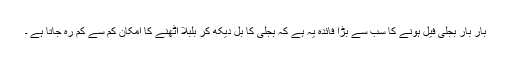
بار بار بجلی فیل ہونے کا سب سے بڑا فائدہ یہ ہے کہ بجلی کا بل دیکھ کر بلبلا اُٹھنے کا امکان کم سے کم رہ جاتا ہے ۔